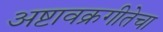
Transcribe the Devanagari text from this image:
अष्टावक्रगीतेचा